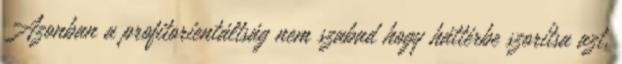
Azonban a profitorientáltság nem szabad hogy háttérbe szorítsa azt,